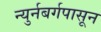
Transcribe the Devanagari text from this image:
न्युर्नबर्गपासून